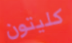
كليتون